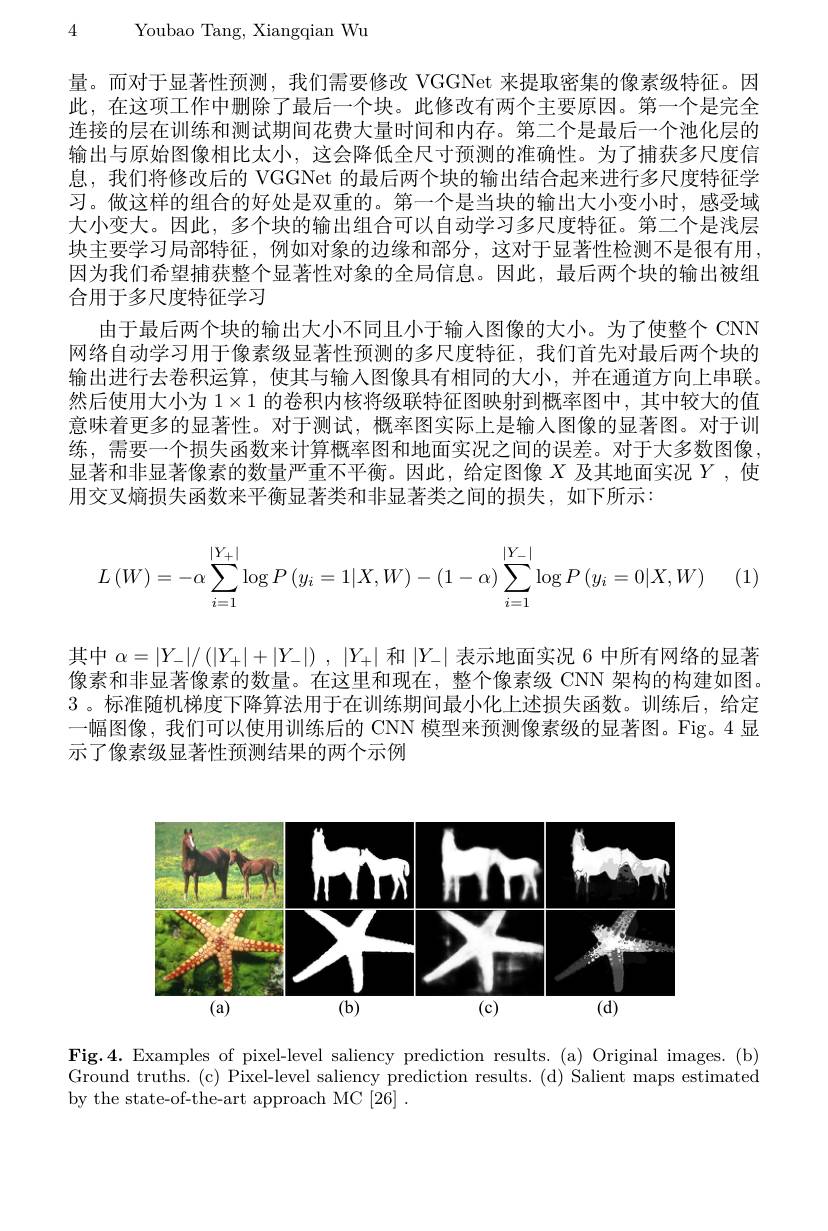
4 Youbao Tang, Xiangqian Wu

量。而对于显著性预测，我们需要修改 VGGNet 来提取密集的像素级特征。因此，在这项工作中删除了最后一个块。此修改有两个主要原因。第一个是完全连接的层在训练和测试期间花费大量时间和内存。第二个是最后一个池化层的输出与原始图像相比太小，这会降低全尺寸预测的准确性。为了捕获多尺度信息，我们将修改后的 VGGNet 的最后两个块的输出结合起来进行多尺度特征学习。做这样的组合的好处是双重的。第一个是当块的输出大小变小时，感受域大小变大。因此，多个块的输出组合可以自动学习多尺度特征。第二个是浅层块主要学习局部特征，例如对象的边缘和部分，这对于显著性检测不是很有用因为我们希望捕获整个显著性对象的全局信息。因此，最后两个块的输出被组合用于多尺度特征学习
由于最后两个块的输出大小不同且小于输入图像的大小。为了使整个 CNN 网络自动学习用于像素级显著性预测的多尺度特征，我们首先对最后两个块的输出进行去卷积运算，使其与输入图像具有相同的大小，并在通道方向上串联。然后使用大小为$1\times1$的卷积内核将级联特征图映射到概率图中，其中较大的值意味着更多的显著性。对于测试，概率图实际上是输入图像的显著图。对于训练，需要一个损失函数来计算概率图和地面实况之间的误差。对于大多数图像， 显著和非显著像素的数量严重不平衡。因此，给定图像$X$及其地面实况$Y$,使用交叉熵损失函数来平衡显著类和非显著类之间的损失，如下所示：
$$L\left(W\right)=-\alpha\sum\limits_{i=1}^{\left|Y_{+}\right|}\log P\left(y_{i}=1|X,W\right)-\left(1-\alpha\right)\sum\limits_{i=1}^{\left|Y_{-}\right|}\log P\left(y_{i}=0|X,W\right)$$
(1)

其中$\alpha=|Y_-|/\left(|Y_+|+|Y_-|\right),|Y_+|$和$|Y_-|$表示地面实况 6 中所有网络的显著像素和非显著像素的数量。在这里和现在，整个像素级 CNN 架构的构建如图。3 。标准随机梯度下降算法用于在训练期间最小化上述损失函数。训练后，给定一幅图像，我们可以使用训练后的 CNN 模型来预测像素级的显著图。Fig。4 显示了像素级显著性预测结果的两个示例

<FigureHere>

Fig.4.Examples of pixel-level saliency prediction results.(a) Original images.(b) Ground truths. (c) Pixel-level saliency prediction results. (d) Salient maps estimated by the state-of-the-art approach MC [26] .